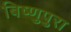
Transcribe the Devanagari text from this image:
बिष्णुपुरा